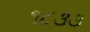
૧૮૩૩